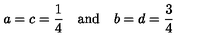
a = c = { \frac { 1 } { 4 } } \quad \mathrm { a n d } \quad b = d = { \frac { 3 } { 4 } }